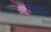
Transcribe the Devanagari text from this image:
बख़्तियारी